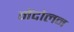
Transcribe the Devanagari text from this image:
मेंदोलन